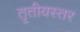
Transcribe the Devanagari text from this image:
तृतीयस्तर